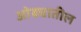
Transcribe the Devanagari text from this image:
ओढ्यातील